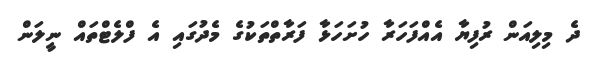
ދެ މިލިއަން ރުފިޔާ އެއްފަހަރާ ހުށަހަޅާ ފަރާތްތަކުގެ މެދުގައި އެ ފްލެޓްތައް ނީލަން